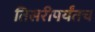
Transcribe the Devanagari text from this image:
तिसरीपर्यंतच